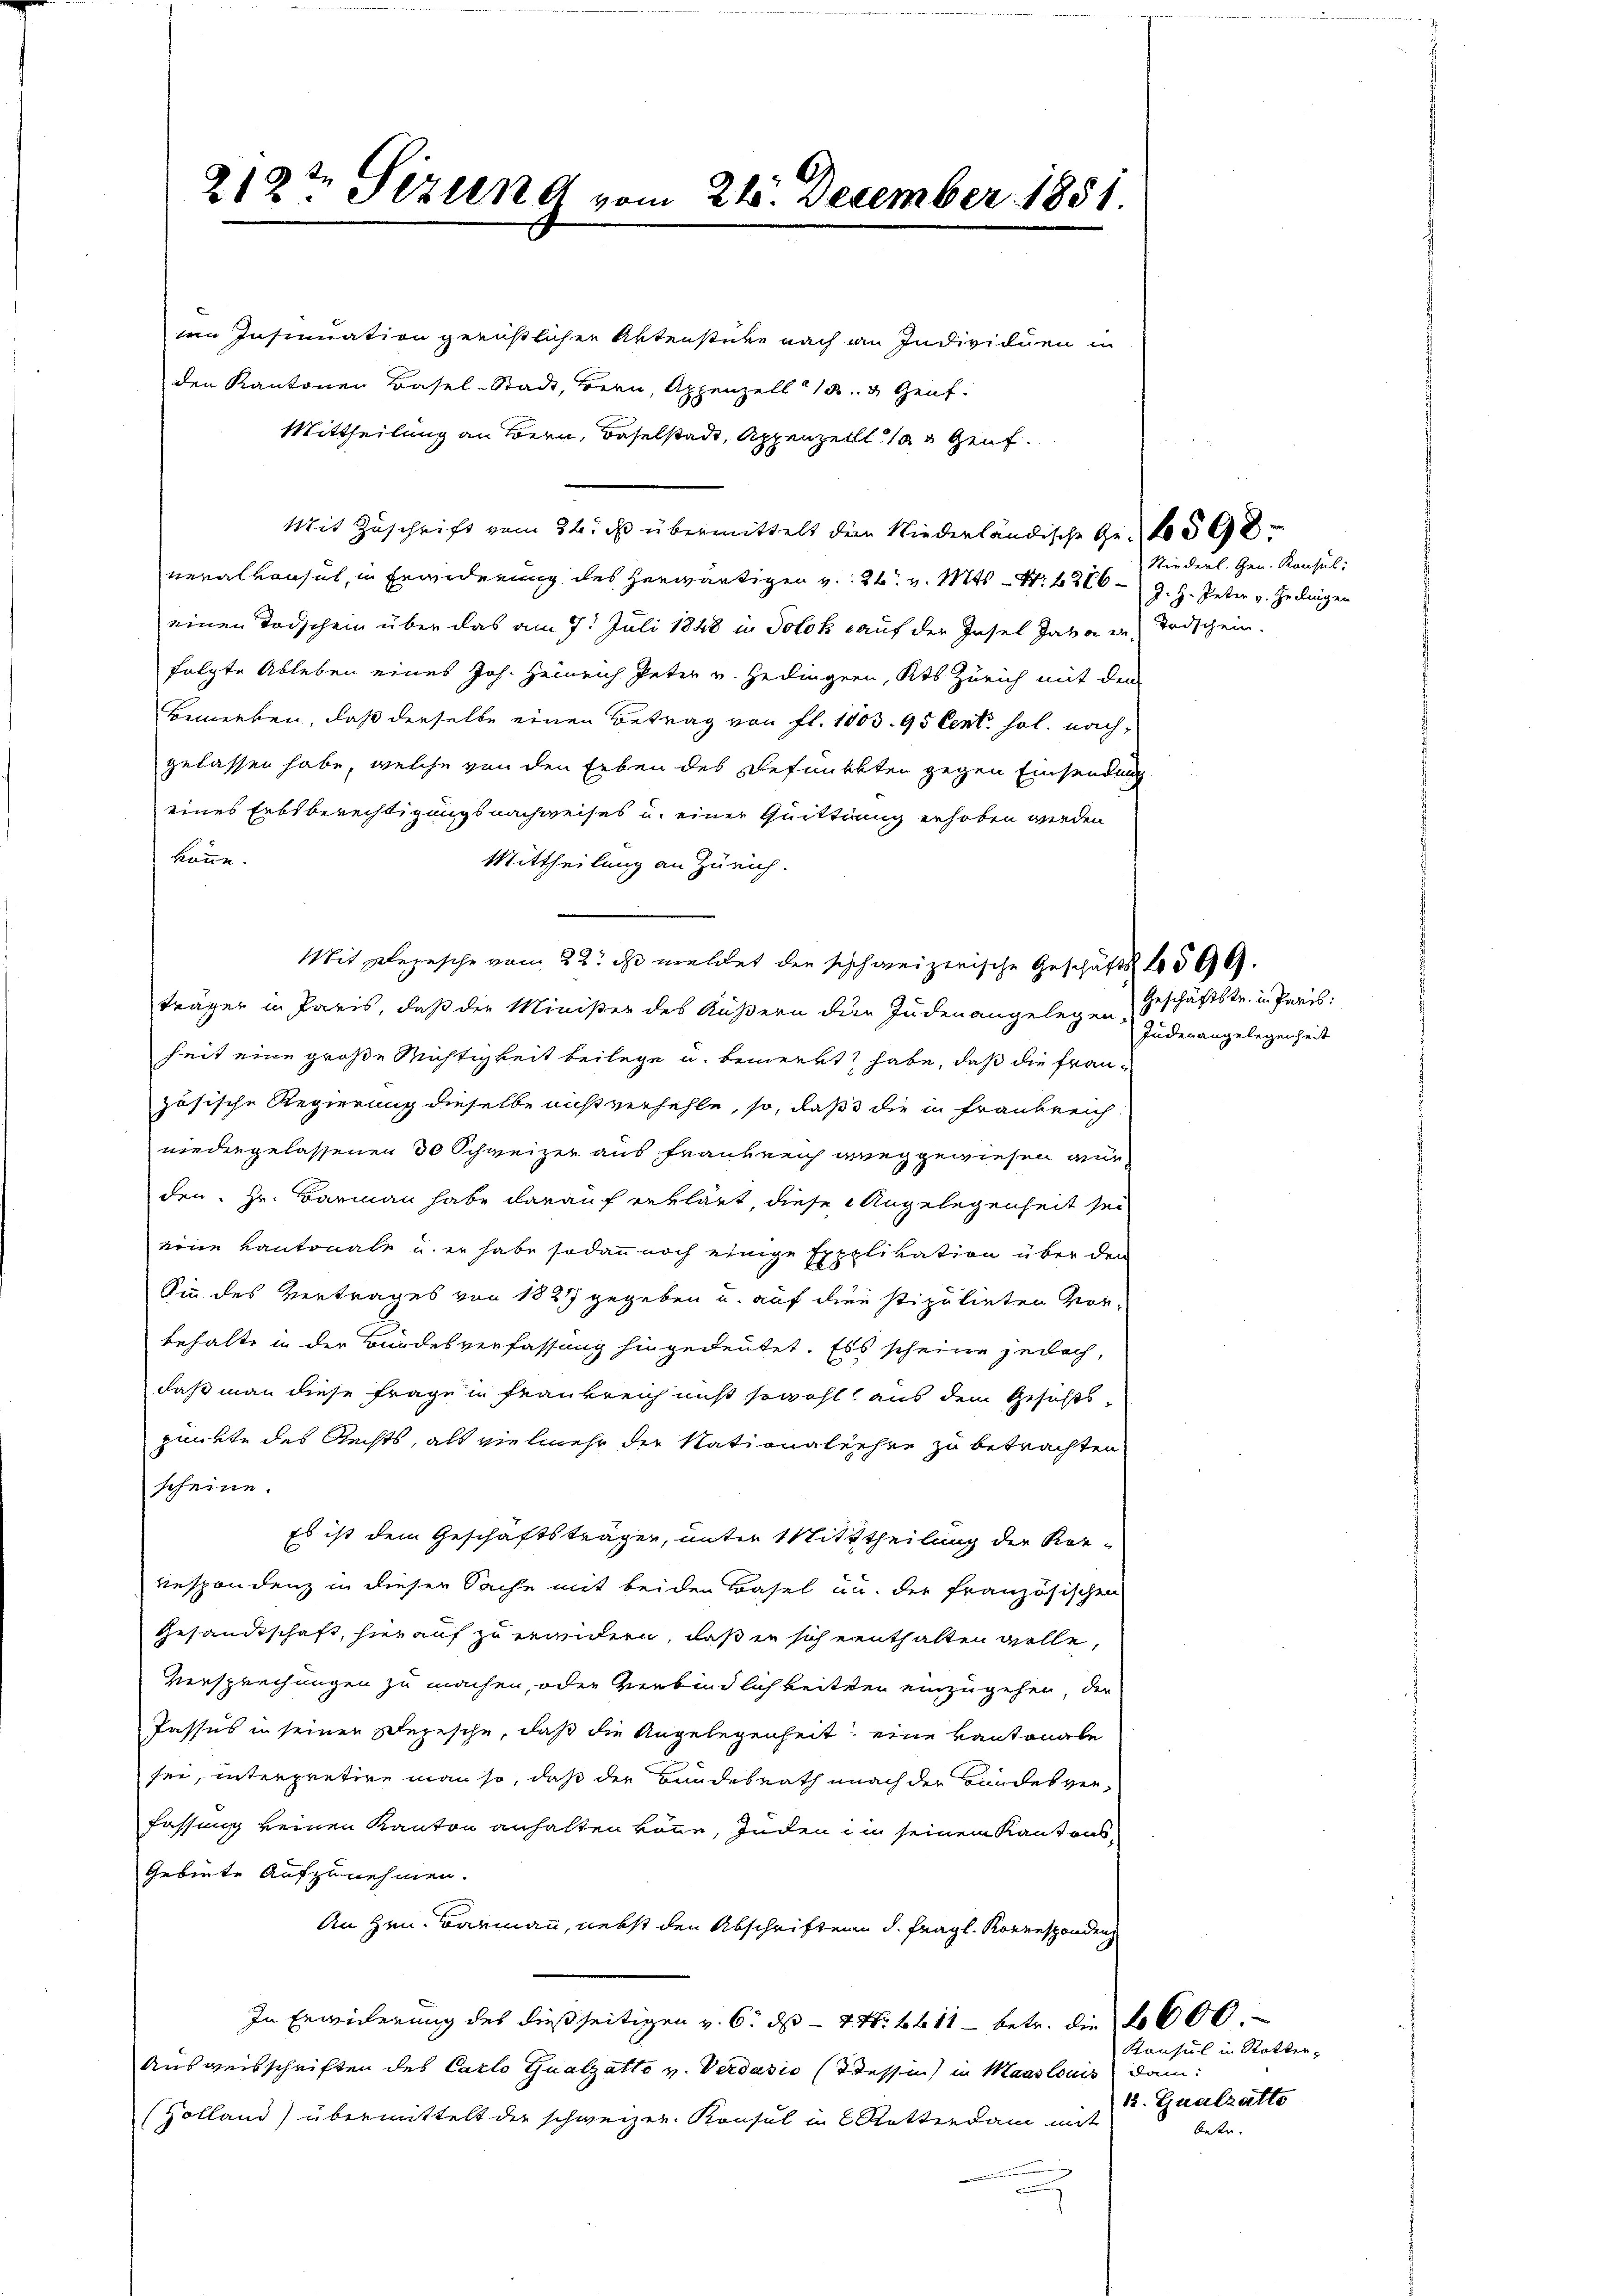
219te Sizung vom 24. December 1851.

en Insinuation gerüstlichen Aktenstücke nach an Individuen in
Mit Zuschrift vom 24. ds übermittelt dem Niederländische Ge- 1598
neralkonsul, in Ergenderung des herwärtigen v. 26. v. Mts. - N: 436 J. H. Peter v. Jedinger
einen Todschein über das am 7. Juli 1848 in Solok auf der Insel Jahren Todschein.
folgte Ableben eines Joh. Heinrich Peter v. Hedingern, Kts Zürich mit den
Bemerken, daß derselbe einen Betrag von fl. 1803. 95 Cent. hol. nach,
gelassen habe, welche von den Erben des Befunckten gegen Einsendung
eines Erbsberechtigungsnachweises u. einer Quittung erhoben werden
könne.
Mittheilung an Zürich.
Mit Depesche vom 22. ds. meldet der schweizerische Geschäfts 1599.
träger in Paris, daß der Minister des Äußern der Juden angelegen Geschäftstr. in Paris
heit eine große Michtigkeit beilege u. bemerkt habe, daß die französische Regierung dieselbe mißverhehle, so, daß die in Frankreich
niedergelassenen 30 Schweizer aus Frankreich weggewiesen wurden. Hr. Barmann habe darauf erklärt, diese Angelegenheit sei
eine Kantonale u. er habe sodann noch einige Expplikation über den
Sin des Vertrages von 1827 gegeben u. auf dien stipulirten Vorbehalte in der Bundesverfassung hingedeutet. Es scheine jedoch,
daß man diese Frage in Frankreich niht sowohl aus dem Gehaltspunkte des Rechts, als vielmehr die Nationalechen zu betrachten
scheine.
Es ist dem Geschäftsträger, unter Mittheilung der Kor-
respondenz in dieser Sache mit beiden Basel und der französischen
Gesandtschaft, hierauf zu erandern, daß in sich enthalten wolle,
Versprechungen zu machen, oder Verbindlichkeiten einzugehen, der
Passus in seinen Depesche, daß die Angelegenheit, eine kantonale
sei, interpretire man so, daß der Bundesrath nach der Bundesver-
fassung keinen Kanton anhalten könne, inden in seinem Kantons¬
Gebiete Aufzunehmen.
An Hrn. Barmann, nebst den Abschriften d. fragl. Korresponden
In Erwiderung des dießseitigen v. 6. ds - 4. Nr. 611 - betr. die 1600.
Ausweisschriften des Carlo Qualzatto v. Verdasio (Tessi in Maaslouis dann
Zolland) übermittelt der schweizer Konsul in Rotterdam mit

den Kantonen Basel-Stadt, Bern, Appenzell 15 & Genf.
Mittheilung an Bern, Baselstadt, Appenzell das Genf.

Niederl. Gen. Konsul:

Judenangelegenheit

Konsul in Rotter,
12. Gualzatto
bestr.